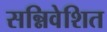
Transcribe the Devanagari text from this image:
सन्निवेशित